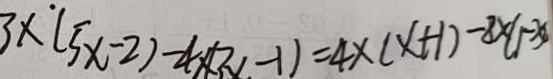
3 \times ( 5 x - 2 ) - 4 \times ( 3 x - 1 ) = 4 \times ( x + 1 ) - 8 \times ( 1 - x )